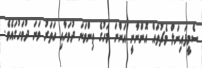
ސެމީފައިނަލް މެޗުތައް އޮންނާނީ އަންނަ މަހުގެ ތިންވަނަ ދުވަހާއި ހަތަރު ވަނަ ދުވަހުގައެވެ.